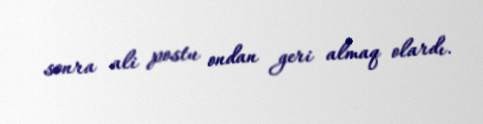
sonra ali postu ondan geri almaq olardı.